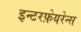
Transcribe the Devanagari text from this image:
इन्टरफ़ेयरेन्स